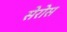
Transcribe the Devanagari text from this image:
सेरोस